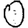
Digit: 0